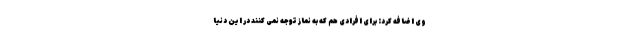
وی اضافه کرد: برای افرادی هم که به نماز توجه نمی کنند در این دنیا